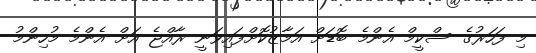
މި ފަހަރުގެ ސްކީމް އެންމެ ބޮޑަށް އަމާޒުކޮށްފައިވަނީ ރާއްޖެ އަށް އެންމެ މުހިންމު